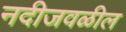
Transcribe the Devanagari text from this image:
नदीजवळील